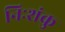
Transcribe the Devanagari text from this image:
निःशंकु